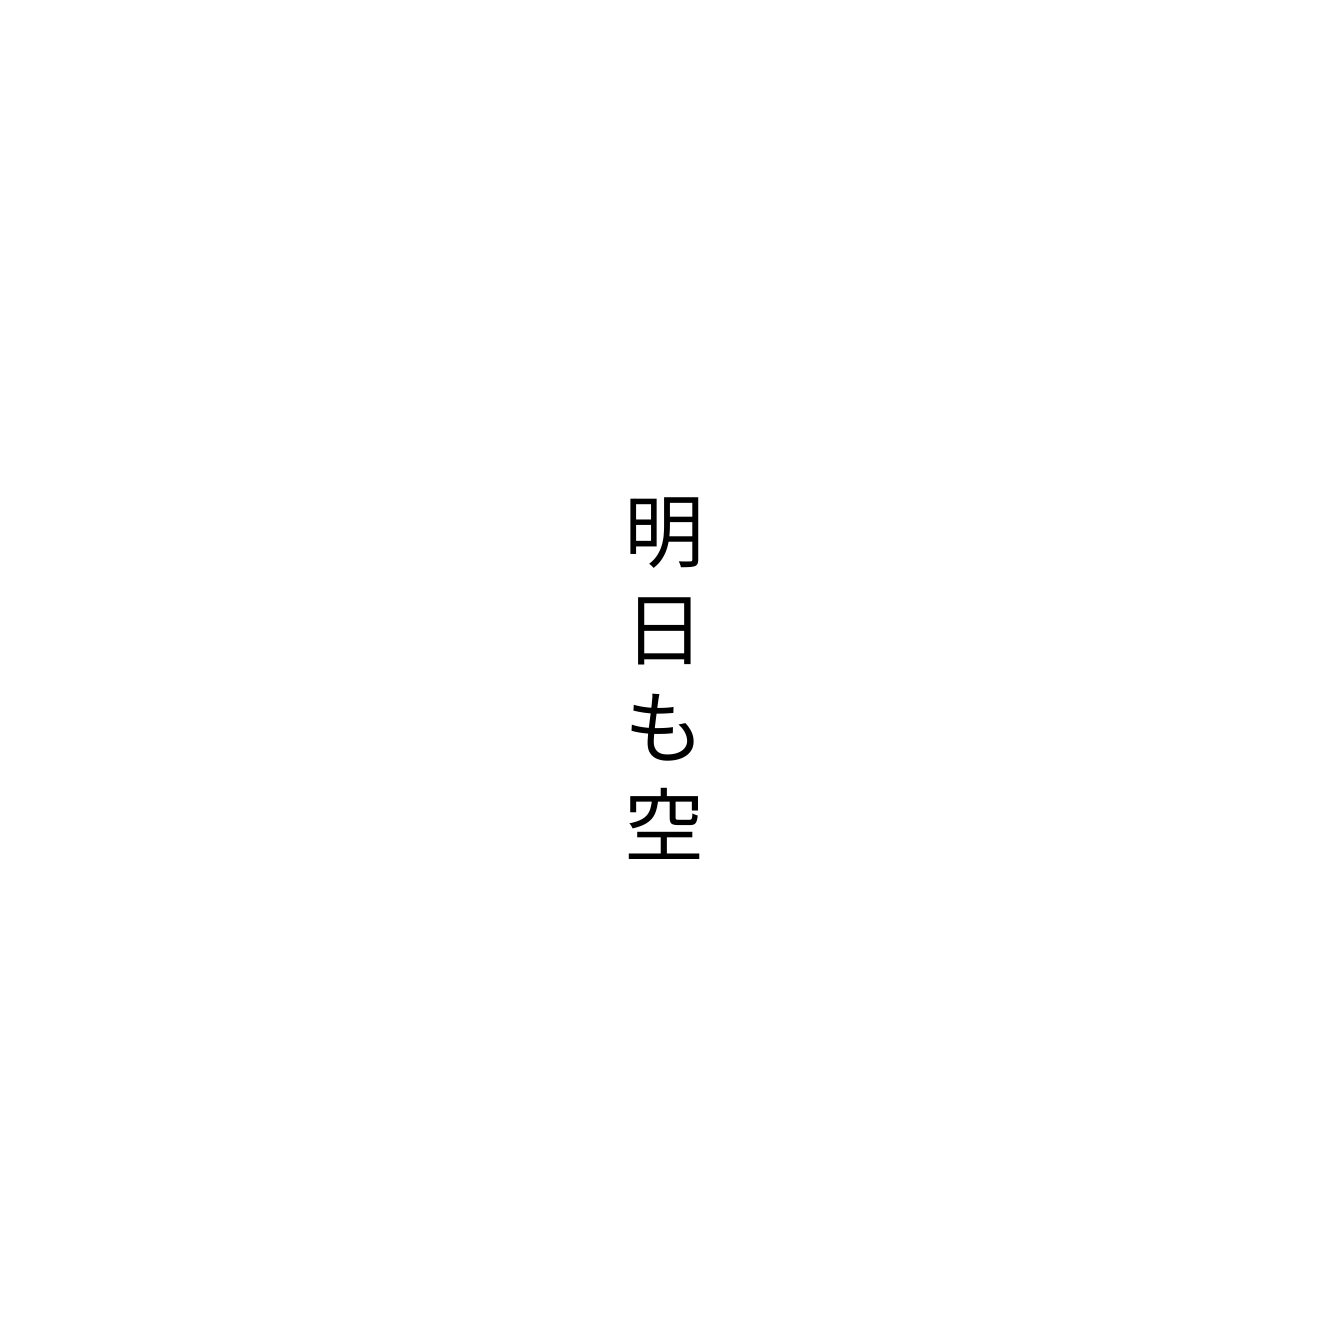
明日も空